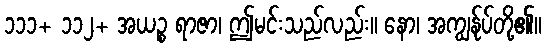
၁၁၁+ ၁၁၂+ အယဉ္စ ရာဇာ၊ ဤမင်းသည်လည်း။ နော၊ အကျွန်ုပ်တို့၏။